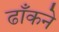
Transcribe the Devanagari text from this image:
ढाँकने